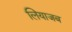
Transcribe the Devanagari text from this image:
लियाजब